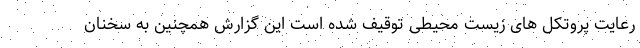
رعایت پروتکل های زیست محیطی توقیف شده است این گزارش همچنین به سخنان